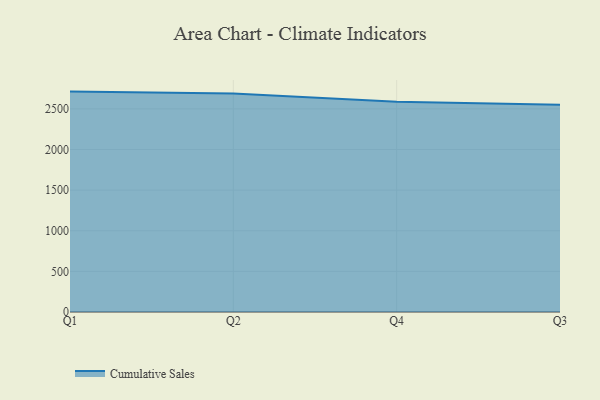
{"axis": {"x": "Quarter", "y": "Churn Rate (%)"}, "legend": ["Cumulative Sales"], "data": [{"x": "Q1", "y": 2712.8, "type": "Cumulative Sales"}, {"x": "Q2", "y": 2688.7, "type": "Cumulative Sales"}, {"x": "Q4", "y": 2587.5, "type": "Cumulative Sales"}, {"x": "Q3", "y": 2551.1, "type": "Cumulative Sales"}]}